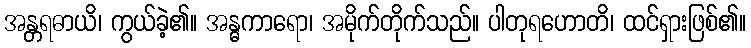
အန္တရဓာယိ၊ ကွယ်ခဲ့၏။ အန္ဓကာရော၊ အမိုက်တိုက်သည်။ ပါတုရဟောတိ၊ ထင်ရှားဖြစ်၏။